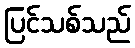
ပြင်သစ်သည်